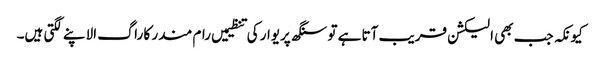
کیونکہ جب بھی الیکشن قریب آتا ہے تو سنگھ پریوار کی تنظیمیں رام مندر کا راگ الاپنے لگتی ہیں۔